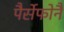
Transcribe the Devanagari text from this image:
पैर्सेफोनै